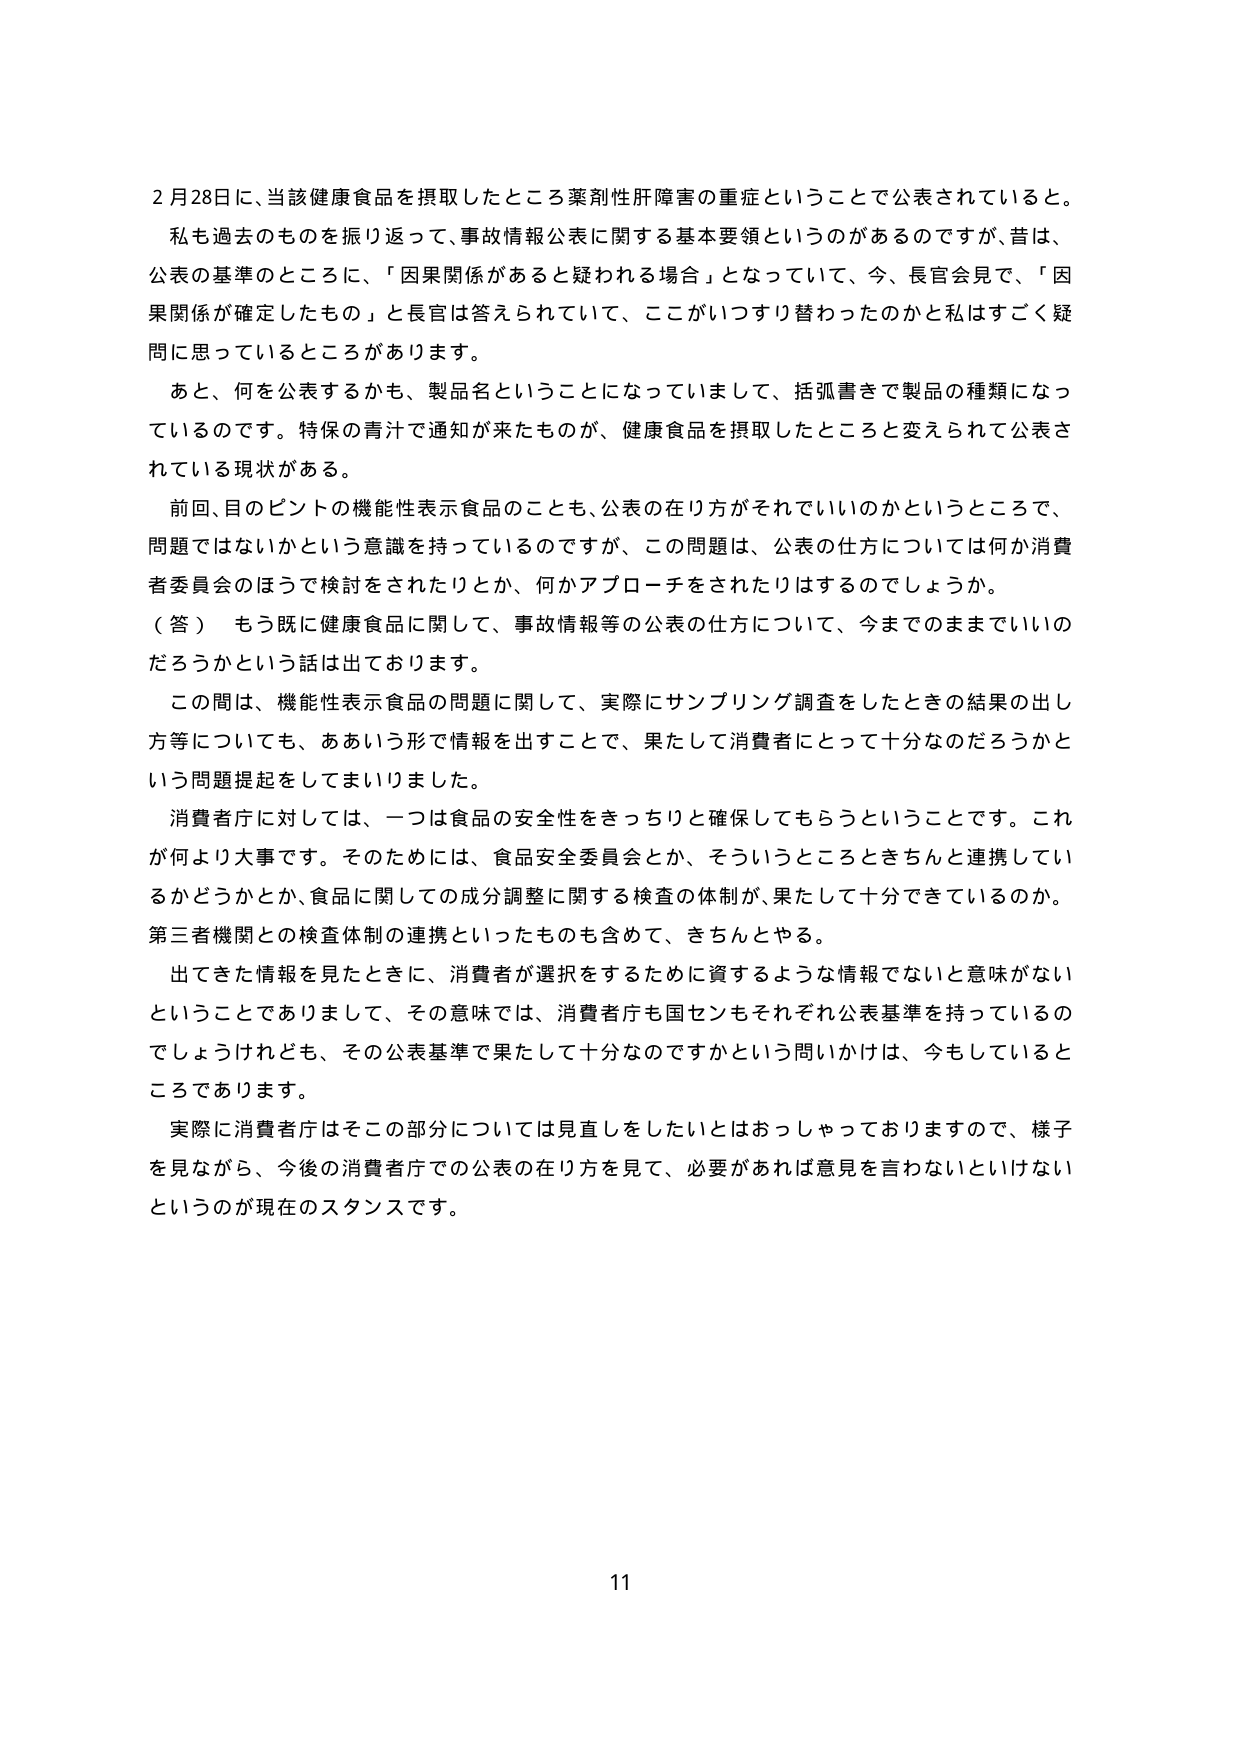
2月28日に、当該健康食品を摂取したところ薬剤性肝障害の重症ということで公表されていると。
私も過去のものを振り返って、事故情報公表に関する基本要領というのがあるのですが、昔は、
公表の基準のところに、「因果関係があると疑われる場合」となっていて、今、長官会見で、「因果関係が確定したもの」と長官は答えられていて、ここがいつすり替わったのかと私はすごく疑問に思っているところがあります。
あと、何を公表するかも、製品名ということになっていまして、括弧書きで製品の種類になっているのです。特保の青汁で通知が来たものが、健康食品を摂取したところと変えられて公表されている現状がある。
前回、目のピントの機能性表示食品のことも、公表の在り方がそれでいいのかというところで、
問題ではないかという意識を持っているのですが、この問題は、公表の仕方については何か消費者委員会のほうで検討をされたりとか、何かアプローチをされたりはするのでしょうか。
（答） もう既に健康食品に関して、事故情報等の公表の仕方について、今までのままでいいのだろうかという話は出ております。
この間は、機能性表示食品の問題に関して、実際にサンプリング調査をしたときの結果の出し方等についても、ああいう形で情報を出すことで、果たして消費者にとって十分なのだろうかという問題提起をしてまいりました。
消費者庁に対しては、一つは食品の安全性をきっちりと確保してもらうということです。これが何より大事です。そのためには、食品安全委員会とか、そういうところときちんと連携しているかどうかとか、食品に関しての成分調整に関する検査の体制が、果たして十分できているのか。第三者機関との検査体制の連携といったものも含めて、きちんとやる。
出てきた情報を見たときに、消費者が選択をするために資するような情報でないと意味がないということでありますし、その意味では、消費者庁も国センもそれぞれ公表基準を持っているのでしょうけれども、その公表基準で果たして十分なのですかという問いかけは、今もしているところであります。
実際に消費者庁はその部分については見直しをしたいとはおっしゃっておりますので、様子を見ながら、今後の消費者庁での公表の在り方を見て、必要があれば意見を言わないといけないというのが現在のスタンスです。
11